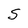
Character: S